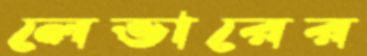
লেভারের